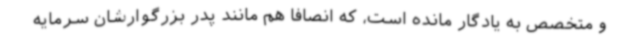
و متخصص به یادگار مانده است، که انصافاً هم مانند پدر بزرگوارشان سرمایه